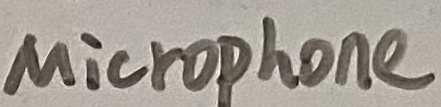
Text: Microphone